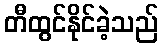
တီထွင်နိုင်ခဲ့သည်